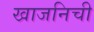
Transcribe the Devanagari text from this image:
खाजनिची